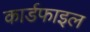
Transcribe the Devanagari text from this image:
कार्डफाइल